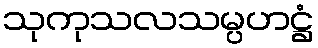
သုကုသလသမ္ပဟဋ္ဌံ